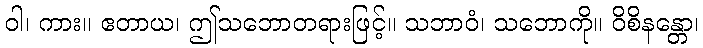
ဝါ၊ ကား။ ဧတာယ၊ ဤသဘောတရားဖြင့်။ သဘာဝံ၊ သဘောကို။ ဝိစိနန္တော၊